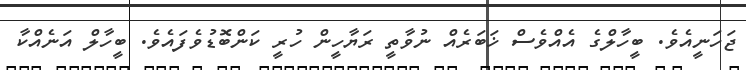
ޖަހަނީއެވެ. ބީހާލްގެ އެއްވެސް ޚަބަރެއް ނުވާތީ ރަޔާހީން ހުރީ ކަންބޮޑުވެފައެވެ. ބީހާލް އަނެއްކާ